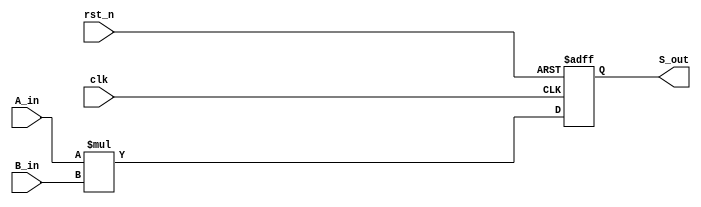
module Mul64(S_out,                           
 		     A_in,                               
 		     B_in,                               
              rst_n,                           
              clk                              
              ) ;                              
                                               
 parameter P_WIDTH    = 64 ;                   
 parameter PD_WIDTH   = 128 ;                  
 parameter PD_ZERO    = 128'h0 ;               
                                               
                                               
 output[PD_WIDTH-1:0] S_out ;                  
                                               
                                               
 input [P_WIDTH-1:0] A_in ;                    
 input [P_WIDTH-1:0] B_in ;                    
 input               rst_n ;                   
 input               clk ;                     
                                               
 wire [PD_WIDTH-1:0] S_wire ;                  
                                               
 reg [PD_WIDTH-1:0] S_out ;                    
 	                                             
 	//Mul                                        
 	assign S_wire = A_in*B_in ;                  
                                               
 	//                                           
 	always @(posedge clk or negedge rst_n) begin 
 		if(~rst_n) begin                         
 			S_out <= PD_ZERO ;                   
 		end                                      
 		else begin                               
 			S_out <= S_wire ;                    
 		end                                      
 	end                                          
                                               
                                               
 				                                 
 endmodule